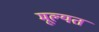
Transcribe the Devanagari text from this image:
मूल्यत